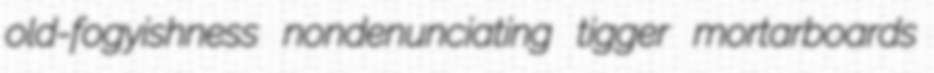
old-fogyishness nondenunciating tigger mortarboards